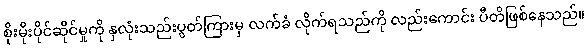
စိုးမိုးပိုင်ဆိုင်မှုကို နှလုံးသည်းပွတ်ကြားမှ လက်ခံ လိုက်ရသည်ကို လည်းကောင်း ပီတိဖြစ်နေသည်။